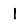
Digit: 1